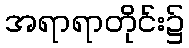
အရာရာတိုင်း၌